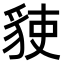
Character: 𧳅